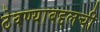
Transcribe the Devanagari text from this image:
ठेवण्याबद्दलची